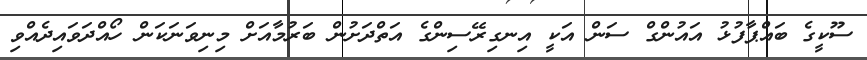
ސޫކީގެ ބައްޕާފުޅު އައުންގް ސަން އަކީ އިނގިރޭސިންގެ އަތްދަށުން ބަރުމާއަށް މިނިވަނަކަން ހޯއްދަވައިދެއްވި